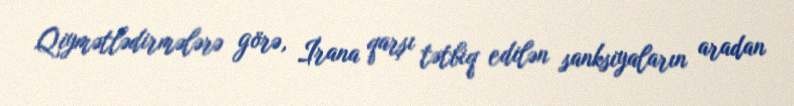
Qiymətlədirmələrə görə, İrana qarşı tətbiq edilən sanksiyaların aradan